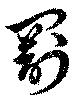
罰